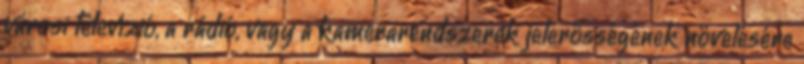
városi televízió, a rádió, vagy a kamerarendszerek jelerősségének növelésére